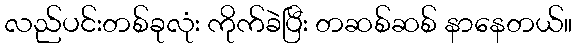
လည်ပင်းတစ်ခုလုံး ကိုက်ခဲပြီး တဆစ်ဆစ် နာနေတယ်။